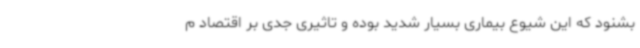
بشنود که این شیوع بیماری بسیار شدید بوده و تاثیری جدی بر اقتصاد م